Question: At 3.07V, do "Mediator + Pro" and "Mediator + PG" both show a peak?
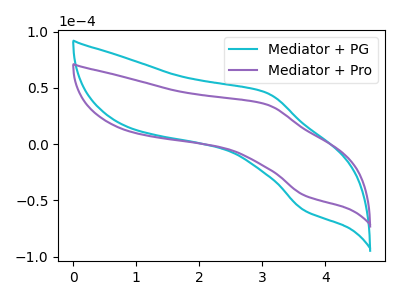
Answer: <think>The cyan curve "Mediator + PG" has an anodic peak at (3.05V, 45.55uA) and a cathodic peak at (3.70V, -59.10uA). The purple curve "Mediator + Pro" has an anodic peak at (3.05V, 35.20uA) and a cathodic peak at (3.70V, -45.70uA).</think>
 <answer>Yes, "Mediator + Pro" and "Mediator + PG" share a peak at 3.07V.</answer>
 <eval>match</eval>